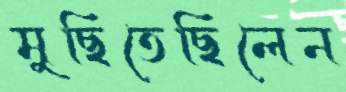
মুছিতেছিলেন